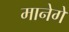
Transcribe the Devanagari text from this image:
मानेगे